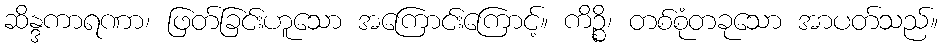
ဆိန္ဒကာရဏာ၊ ဖြတ်ခြင်းဟူသော အကြောင်းကြောင့်။ ကိဉ္စိ၊ တစ်စုံတခုသော အာပတ်သည်။